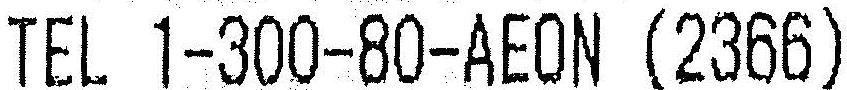
TEL 1-300-80-AEON (2366)